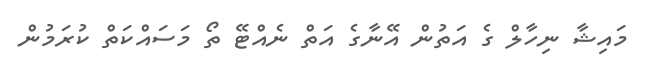
މައިޝާ ނިހާލް ގެ އަތުން އޭނާގެ އަތް ނެއްޓޭ ތޯ މަސައްކަތް ކުރަމުން